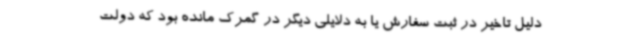
دلیل تاخیر در ثبت سفارش یا به دلایلی دیگر در گمرک مانده بود که دولت